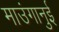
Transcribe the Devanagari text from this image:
माउंगानुई